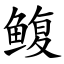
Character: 鳆